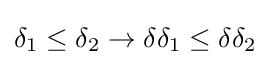
\delta _{1}\leq \delta _{2}\rightarrow \delta \delta _{1}\leq \delta \delta _{2}